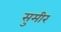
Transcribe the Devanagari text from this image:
सुमीर